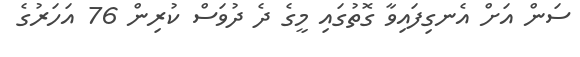
ސަން އަށް އެނގިފައިވާ ގޮތުގައި މީގެ ދެ ދުވަސް ކުރިން 76 އަހަރުގެ